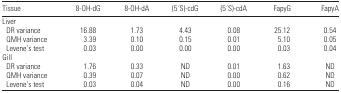
<table><thead><tr><td><b>Tissue</b></td><td><b>8-OH-dG</b></td><td><b>8-OH-dA</b></td><td><b>(5′S)-cdG</b></td><td><b>(5′S)-cdA</b></td><td><b>FapyG</b></td><td><b>FapyA</b></td></tr></thead><tbody><tr><td colspan="7">Liver</td></tr><tr><td> DR variance</td><td>16.88</td><td>1.73</td><td>4.43</td><td>0.08</td><td>25.12</td><td>0.54</td></tr><tr><td> QMH variance</td><td>3.39</td><td>0.10</td><td>0.15</td><td>0.01</td><td>5.10</td><td>0.05</td></tr><tr><td> Levene’s test</td><td>0.03</td><td>0.00</td><td>0.00</td><td>0.00</td><td>0.03</td><td>0.04</td></tr><tr><td colspan="7">Gill</td></tr><tr><td> DR variance</td><td>1.76</td><td>0.33</td><td>ND</td><td>0.01</td><td>1.63</td><td>ND</td></tr><tr><td> QMH variance</td><td>0.39</td><td>0.07</td><td>ND</td><td>0.00</td><td>0.62</td><td>ND</td></tr><tr><td> Levene’s test</td><td>0.03</td><td>0.04</td><td>ND</td><td>0.00</td><td>0.16</td><td>ND</td></tr></tbody></table>